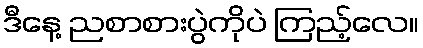
ဒီနေ့ ညစာစားပွဲကိုပဲ ကြည့်လေ။